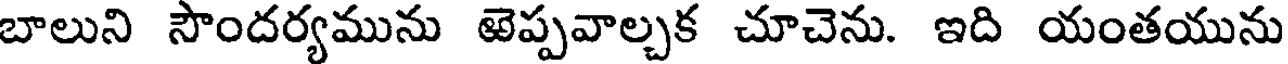
బాలుని సౌందర్యమును ఱెప్పవాల్చక చూచెను. ఇది యంతయును